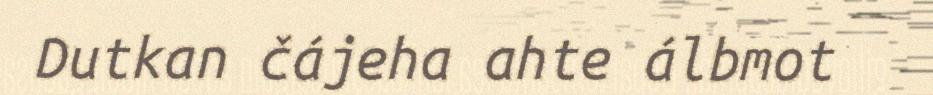
Dutkan čájeha ahte álbmot